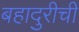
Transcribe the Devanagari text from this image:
बहादुरीची